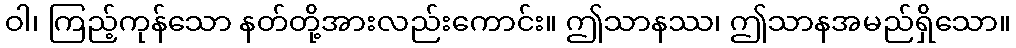
ဝါ၊ ကြည့်ကုန်သော နတ်တို့အားလည်းကောင်း။ ဤသာနဿ၊ ဤသာနအမည်ရှိသော။